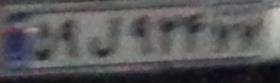
۵۹ل۹۲۴۷۲